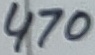
Text: 470